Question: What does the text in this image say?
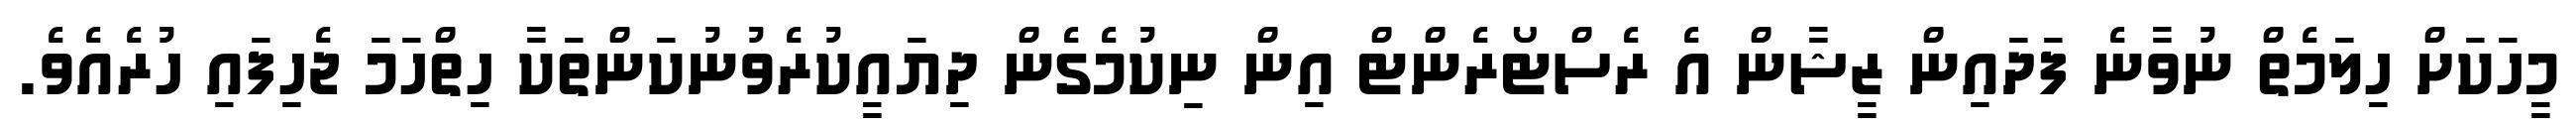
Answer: މީހަކަށް ހިލަމެތް ނުވާނެ ފަދައިން ޒީޝާން އެ ރެސްޓޯރެންޓް އިން ނިކުމެގެން ދިޔައީކުރެވުނުކަންތަކާ ހިތްހަމަ ޖެހިފައި ހުރެއެވެ.